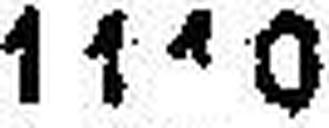
1110